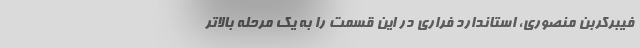
فیبرکربن منصوری، استاندارد فراری در این قسمت را به یک مرحله بالاتر